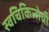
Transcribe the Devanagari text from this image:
स्वचिकित्सेची